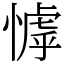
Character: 㦆